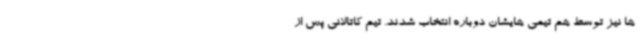
ها نیز توسط هم تیمی هایشان دوباره انتخاب شدند. تیم کاتالانی پس از